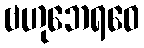
ဗဟုဘေရဝေ